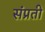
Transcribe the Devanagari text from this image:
संप्रती